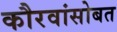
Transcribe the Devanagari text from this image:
कौरवांसोबत